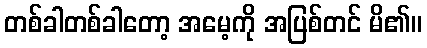
တစ်ခါတစ်ခါတော့ အမေ့ကို အပြစ်တင် မိ၏။